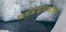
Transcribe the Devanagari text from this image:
धर्मप्रचारकांना